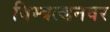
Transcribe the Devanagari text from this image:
विम्बल्डनवर